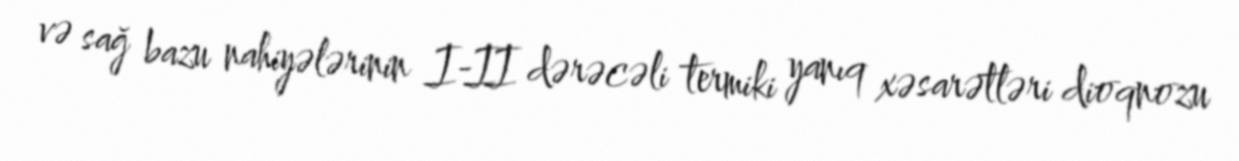
və sağ bazu nahiyələrinin I-II dərəcəli termiki yanıq xəsarətləri dioqnozu